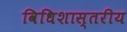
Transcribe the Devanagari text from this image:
विधिशास्तरीय